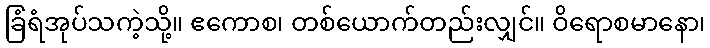
ခြံရံအုပ်သကဲ့သို့။ ဧကောစ၊ တစ်ယောက်တည်းလျှင်။ ဝိရောစမာနော၊